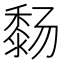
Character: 𬓸